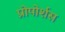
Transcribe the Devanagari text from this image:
प्रोपोर्शस